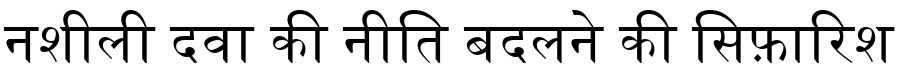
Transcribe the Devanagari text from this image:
नशीली दवा की नीति बदलने की सिफ़ारिश